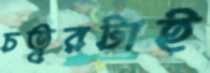
চত্বরটাই